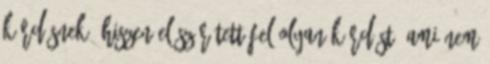
kérdésnek, hiszen először tett fel olyan kérdést, ami nem